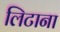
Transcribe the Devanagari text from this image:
लिटाना